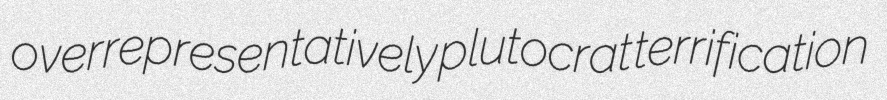
overrepresentatively plutocrat terrification